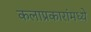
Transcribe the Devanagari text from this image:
कलाप्रकारांमध्ये